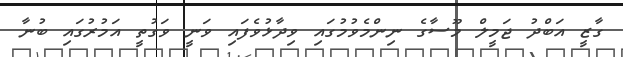
ގާޒީ އަބްދު ޖަމީލް މޫސާގެ ނިންމެވުމުގައި ވިދާޅުވެފައި ވަނީ ވަގުތީ އަމުރުގައި ބުނާ